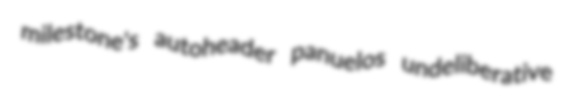
milestone's autoheader panuelos undeliberative